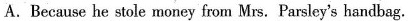
A.Because he stole money from Mrs. Parsley's handbag.